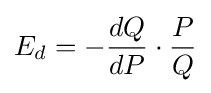
E_{d}=-{\frac {dQ}{dP}}\cdot {\frac {P}{Q}}